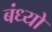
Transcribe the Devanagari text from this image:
बंध्यो